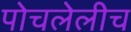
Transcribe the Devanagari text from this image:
पोचलेलीच